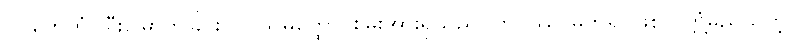
ပဂ္ဂဟေတုံ၊ ခြီးမြှောက်ခြင်းငှာ။ သမတ္ထော၊ စွမ်းအားရှိသည်။ ဘဝိဿာမိကိရ၊ ဖြစ်လတ္တံ့မည်သတဲ့။